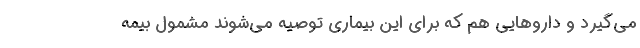
می‌گیرد و داروهایی هم که برای این بیماری توصیه می‌شوند مشمول بیمه